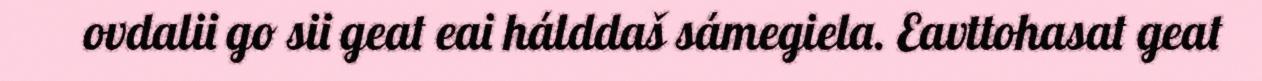
ovdalii go sii geat eai hálddaš sámegiela. Eavttohasat geat